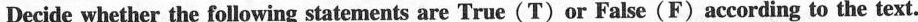
Decide whether the following statements are True(T) or False(F)according to the text.